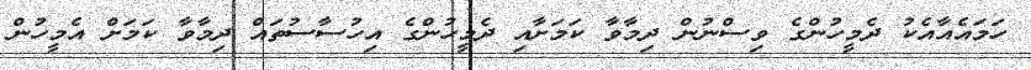
ހަމައެއާއެކު ދެމީހުންގެ ވިސްނުން ދިމާވާ ކަމަށާއި ދެމީހުންގެ އިހުސާސުތައް ދިމާވާ ކަމަށް އެމީހުން